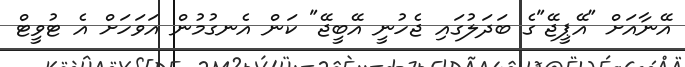
އޭނާއަށް "އޭޕީޖޭ"ގެ ބަދަލުގައި ޖެހުނީ އޭބީޖޭ" ކަން އެނގުމުން އަވަހަށް އެ ޓުވީޓް